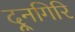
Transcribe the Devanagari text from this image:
दूनगिरि